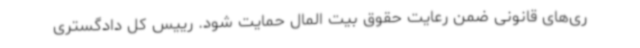
ری‌های قانونی ضمن رعایت حقوق بیت المال حمایت شود. رییس کل دادگستری